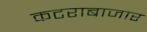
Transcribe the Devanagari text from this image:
कटराबाजार